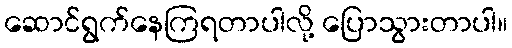
ဆောင်ရွက်နေကြရတာပါလို့ ပြောသွားတာပါ။